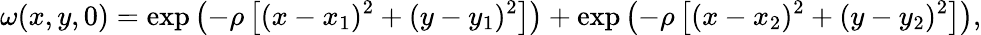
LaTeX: \omega(x,y,0)=\exp\left(-\rho\left[(x-x_{1})^{2}+(y-y_{1})^{2}\right]\right)+\exp{\left(-\rho\left[(x-x_{2})^{2}+(y-y_{2})^{2}\right]\right)},